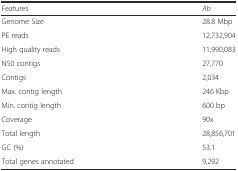
<table><thead><tr><td><b>Features</b></td><td><b><i>Ab</i></b></td></tr></thead><tbody><tr><td>Genome Size</td><td>28.8 Mbp</td></tr><tr><td>PE reads</td><td>12,732,904</td></tr><tr><td>High quality reads</td><td>11,990,083</td></tr><tr><td>N50 contigs</td><td>27,770</td></tr><tr><td>Contigs</td><td>2,034</td></tr><tr><td>Max. contig length</td><td>246 Kbp</td></tr><tr><td>Min. contig length</td><td>600 bp</td></tr><tr><td>Coverage</td><td>90x</td></tr><tr><td>Total length</td><td>28,856,701</td></tr><tr><td>GC (%)</td><td>53.1</td></tr><tr><td>Total genes annotated</td><td>9,292</td></tr></tbody></table>